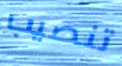
تنصيب